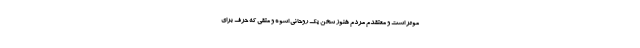
موثر است و معتقدم مردم هنوز سخن یک روحانی اسوه و متقی که حرف برای